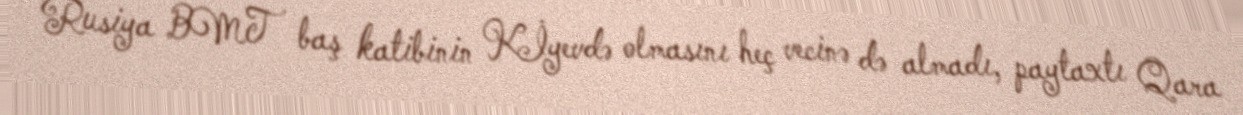
Rusiya BMT baş katibinin Kİyevdə olmasını heç vecinə də almadı, paytaxtı Qara